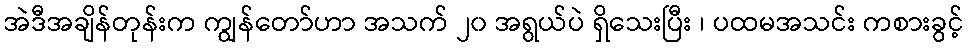
အဲဒီအချိန်တုန်းက ကျွန်တော်ဟာ အသက် ၂၀ အရွယ်ပဲ ရှိသေးပြီး ၊ ပထမအသင်း ကစားခွင့်